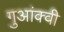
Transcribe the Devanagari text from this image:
गुआंक्वी